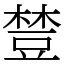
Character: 𧯴